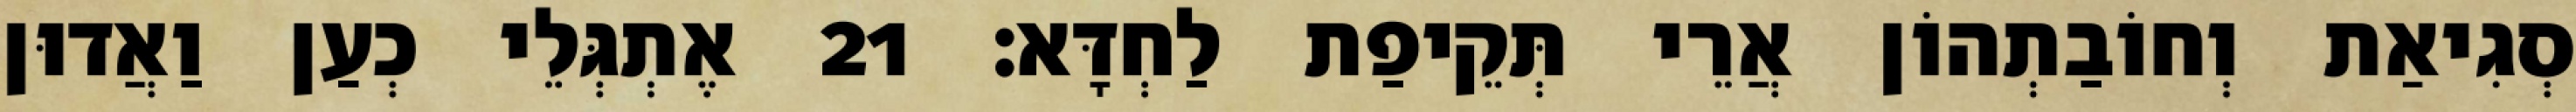
סְגִיאַת וְחוֹבַתְהוֹן אֲרֵי תְּקֵיפַת לַחְדָּא׃ 21 אֶתְגְּלֵי כְעַן וַאֲדוּן